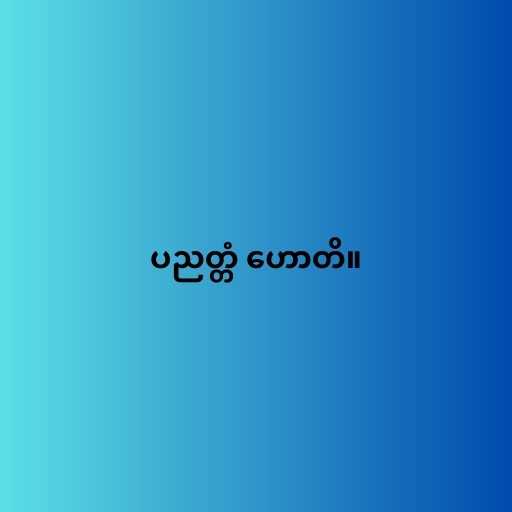
ပညတ္တံ ဟောတိ။